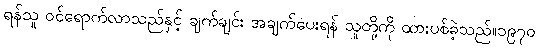
ရန်သူ ဝင်ရောက်လာသည်နှင့် ချက်ချင်း အချက်ပေးရန် သူတို့ကို ထားပစ်ခဲ့သည်။၁၉၇၀